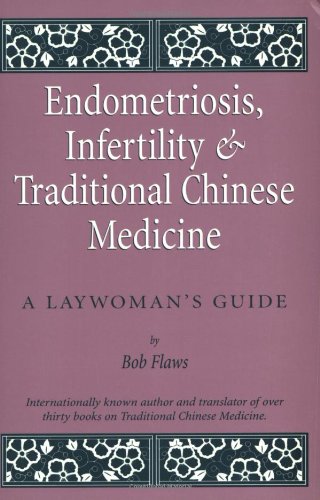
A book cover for Endometriosis and Infertility and Traditional Chinese Medicine: A Laywoman's Guide; Bob Flaws; Health, Fitness & Dieting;